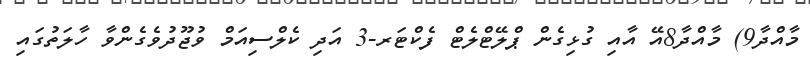
މާއްދާ9) މާއްދާ8އޭ އާއި ގުޅިގެން ޕްލޭޓްލެޓް ފެކްޓަރ-3 އަދި ކެލްސިއަމް ވުޖޫދުވެގެންވާ ހާލަތުގައި